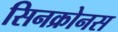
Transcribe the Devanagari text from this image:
सिनक्रोनस